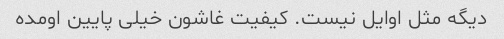
دیگه مثل اوایل نیست. کیفیت غاشون خیلی پایین اومده